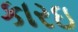
કારઇ